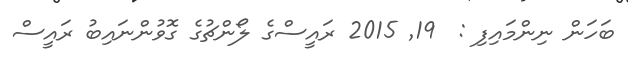
ބަހަން ނިންމައިފި :  19